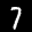
Digit: 7